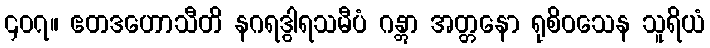
၄၀၇။ ဧတဒဟောသီတိ နဂရဒွါရသမီပံ ဂန္တွာ အတ္တနော ရုစိဝသေန သူရိယံ